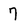
Character: 7